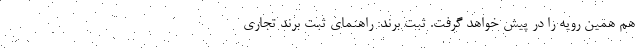
هم همین رویه را در پیش خواهد گرفت. ثبت برند: راهنمای ثبت برند تجاری